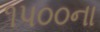
૧૫૦૦ના